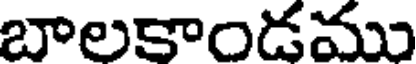
బాలకాండము